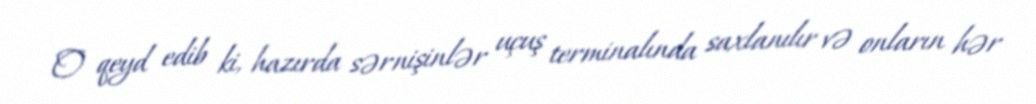
O qeyd edib ki, hazırda sərnişinlər uçuş terminalında saxlanılır və onların hər